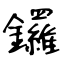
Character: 鑼